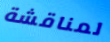
لمناقشة